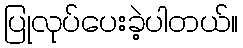
ပြုလုပ်ပေးခဲ့ပါတယ်။